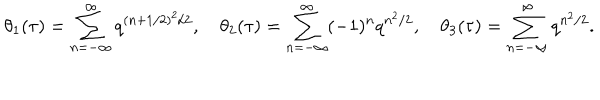
\theta _ { 1 } ( \tau ) = \sum _ { n = - \infty } ^ { \infty } q ^ { ( n + 1 / 2 ) ^ { 2 } / 2 } , \quad \theta _ { 2 } ( \tau ) = \sum _ { n = - \infty } ^ { \infty } ( - 1 ) ^ { n } q ^ { n ^ { 2 } / 2 } , \quad \theta _ { 3 } ( \tau ) = \sum _ { n = - \infty } ^ { \infty } q ^ { n ^ { 2 } / 2 } .